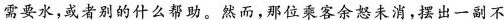
需要水，或者别的什么帮助。然而，那位乘客余怒未消，摆出一副不